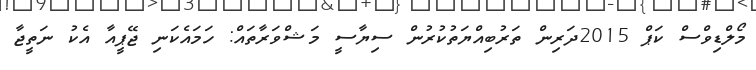
މޯލްޑިވްސް ކަޕް 2015ދަރިން ތަރުބިއްޔަތުކުރުން ސިޔާސީ މަޝްވަރާތައް: ހަމައެކަނި ޖޭޕީއާ އެކު ނަތީޖާ